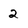
Character: 2